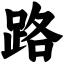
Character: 路